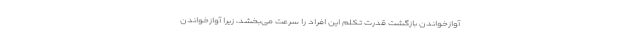
آوازخواندن بازگشت قدرت تکلم این افراد را سرعت می‌بخشد، زیرا آوازخواندن